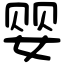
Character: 婴